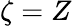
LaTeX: \zeta=Z